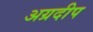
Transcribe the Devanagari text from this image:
अग्रदीप